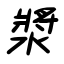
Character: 漿